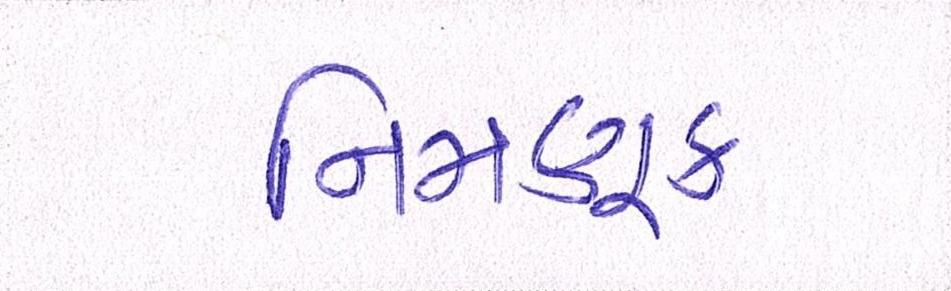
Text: નિમણૂક